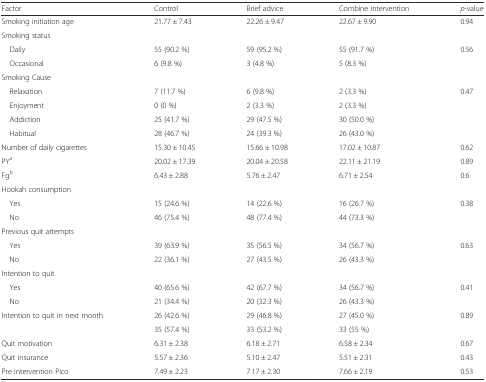
<table><thead><tr><td><b>Factor</b></td><td><b>Control</b></td><td><b>Brief advice</b></td><td><b>Combine intervention</b></td><td><b><i>p</i>-value</b></td></tr></thead><tbody><tr><td>Smoking initiation age</td><td>21.77 ± 7.43</td><td>22.26 ± 9.47</td><td>22.67 ± 9.90</td><td>0.94</td></tr><tr><td colspan="5">Smoking status</td></tr><tr><td> Daily</td><td>55 (90.2 %)</td><td>59 (95.2 %)</td><td>55 (91.7 %)</td><td rowspan="2">0.56</td></tr><tr><td> Occasional</td><td>6 (9.8 %)</td><td>3 (4.8 %)</td><td>5 (8.3 %)</td></tr><tr><td colspan="5">Smoking Cause</td></tr><tr><td> Relaxation</td><td>7 (11.7 %)</td><td>6 (9.8 %)</td><td>2 (3.3 %)</td><td rowspan="4">0.47</td></tr><tr><td> Enjoyment</td><td>0 (0 %)</td><td>2 (3.3 %)</td><td>2 (3.3 %)</td></tr><tr><td> Addiction</td><td>25 (41.7 %)</td><td>29 (47.5 %)</td><td>30 (50.0 %)</td></tr><tr><td> Habitual</td><td>28 (46.7 %)</td><td>24 (39.3 %)</td><td>26 (43.0 %)</td></tr><tr><td>Number of daily cigarettes</td><td>15.30 ± 10.45</td><td>15.66 ± 10.98</td><td>17.02 ± 10.87</td><td>0.62</td></tr><tr><td>PY<sup>a</sup></td><td>20.02 ± 17.39</td><td>20.04 ± 20.58</td><td>22.11 ± 21.19</td><td>0.89</td></tr><tr><td>Fg<sup>b</sup></td><td>6.43 ± 2.88</td><td>5.76 ± 2.47</td><td>6.71 ± 2.54</td><td>0.6</td></tr><tr><td colspan="5">Hookah consumption</td></tr><tr><td> Yes</td><td>15 (24.6 %)</td><td>14 (22.6 %)</td><td>16 (26.7 %)</td><td rowspan="2">0.38</td></tr><tr><td> No</td><td>46 (75.4 %)</td><td>48 (77.4 %)</td><td>44 (73.3 %)</td></tr><tr><td colspan="5">Previous quit attempts</td></tr><tr><td> Yes</td><td>39 (63.9 %)</td><td>35 (56.5 %)</td><td>34 (56.7 %)</td><td rowspan="2">0.63</td></tr><tr><td> No</td><td>22 (36.1 %)</td><td>27 (43.5 %)</td><td>26 (43.3 %)</td></tr><tr><td colspan="5">Intention to quit</td></tr><tr><td> Yes</td><td>40 (65.6 %)</td><td>42 (67.7 %)</td><td>34 (56.7 %)</td><td rowspan="2">0.41</td></tr><tr><td> No</td><td>21 (34.4 %)</td><td>20 (32.3 %)</td><td>26 (43.3 %)</td></tr><tr><td rowspan="2">Intention to quit in next month</td><td>26 (42.6 %)</td><td>29 (46.8 %)</td><td>27 (45.0 %)</td><td rowspan="2">0.89</td></tr><tr><td>35 (57.4 %)</td><td>33 (53.2 %)</td><td>33 (55 %)</td></tr><tr><td>Quit motivation</td><td>6.31 ± 2.38</td><td>6.18 ± 2.71</td><td>6.58 ± 2.34</td><td>0.67</td></tr><tr><td>Quit insurance</td><td>5.57 ± 2.36</td><td>5.10 ± 2.47</td><td>5.51 ± 2.31</td><td>0.43</td></tr><tr><td>Pre intervention Pico</td><td>7.49 ± 2.23</td><td>7.17 ± 2.30</td><td>7.66 ± 2.19</td><td>0.53</td></tr></tbody></table>